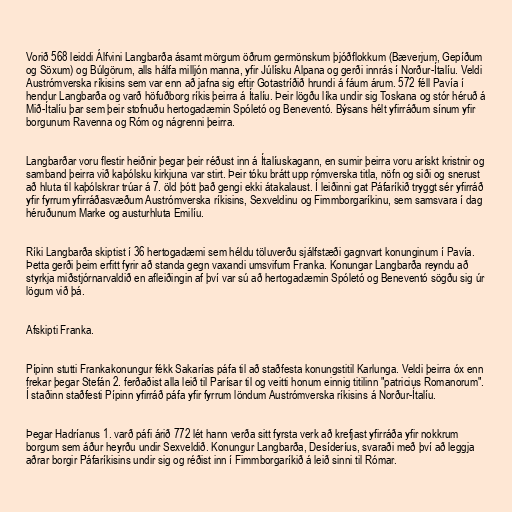
Vorið 568 leiddi Álfvini Langbarða ásamt mörgum öðrum germönskum þjóðflokkum (Bæverjum, Gepíðum
og Söxum) og Búlgörum, alls hálfa milljón manna, yfir Júlísku Alpana og gerði innrás í Norður-Ítalíu. Veldi
Austrómverska ríkisins sem var enn að jafna sig eftir Gotastríðið hrundi á fáum árum. 572 féll Pavía í
hendur Langbarða og varð höfuðborg ríkis þeirra á Ítalíu. Þeir lögðu líka undir sig Toskana og stór héruð á
Mið-Ítalíu þar sem þeir stofnuðu hertogadæmin Spóletó og Beneventó. Býsans hélt yfirráðum sínum yfir
borgunum Ravenna og Róm og nágrenni þeirra.

Langbarðar voru flestir heiðnir þegar þeir réðust inn á Ítalíuskagann, en sumir þeirra voru arískt kristnir og
samband þeirra við kaþólsku kirkjuna var stirt. Þeir tóku brátt upp rómverska titla, nöfn og siði og snerust
að hluta til kaþólskrar trúar á 7. öld þótt það gengi ekki átakalaust. Í leiðinni gat Páfaríkið tryggt sér yfirráð
yfir fyrrum yfirráðasvæðum Austrómverska ríkisins, Sexveldinu og Fimmborgaríkinu, sem samsvara í dag
héruðunum Marke og austurhluta Emilíu.

Ríki Langbarða skiptist í 36 hertogadæmi sem héldu töluverðu sjálfstæði gagnvart konunginum í Pavía.
Þetta gerði þeim erfitt fyrir að standa gegn vaxandi umsvifum Franka. Konungar Langbarða reyndu að
styrkja miðstjórnarvaldið en afleiðingin af því var sú að hertogadæmin Spóletó og Beneventó sögðu sig úr
lögum við þá.

Afskipti Franka.

Pípinn stutti Frankakonungur fékk Sakarías páfa til að staðfesta konungstitil Karlunga. Veldi þeirra óx enn
frekar þegar Stefán 2. ferðaðist alla leið til Parísar til og veitti honum einnig titilinn "patricius Romanorum".
Í staðinn staðfesti Pípinn yfirráð páfa yfir fyrrum löndum Austrómverska ríkisins á Norður-Ítalíu.

Þegar Hadríanus 1. varð páfi árið 772 lét hann verða sitt fyrsta verk að krefjast yfirráða yfir nokkrum
borgum sem áður heyrðu undir Sexveldið. Konungur Langbarða, Desíderíus, svaraði með því að leggja
aðrar borgir Páfaríkisins undir sig og réðist inn í Fimmborgaríkið á leið sinni til Rómar.